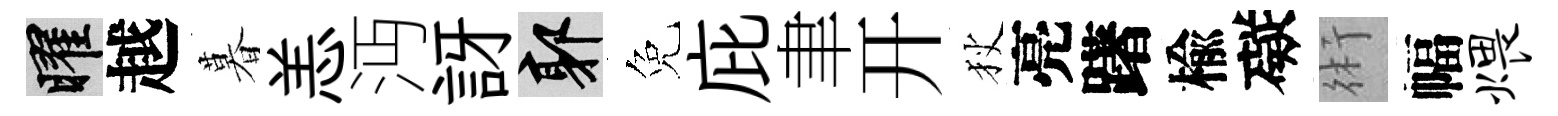
曜越暮恙沔訝郭免庇聿开狄亮躇楡礙術幅煨